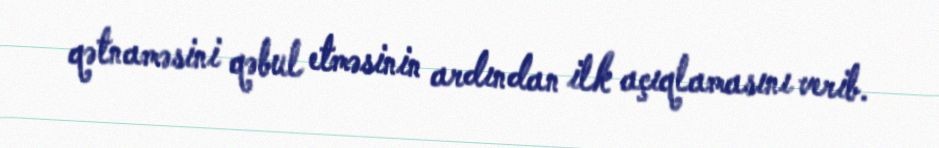
qətnaməsini qəbul etməsinin ardından ilk açıqlamasını verib.